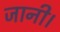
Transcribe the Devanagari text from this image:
जानी।